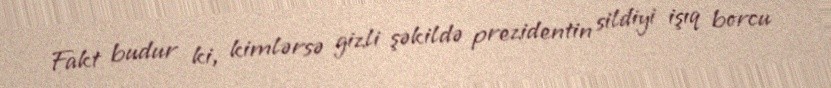
Fakt budur ki, kimlərsə gizli şəkildə prezidentin sildiyi işıq borcu